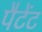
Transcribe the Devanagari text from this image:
पैटेंट